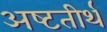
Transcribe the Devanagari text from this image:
अष्‍टतीर्थ